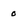
Character: 0